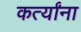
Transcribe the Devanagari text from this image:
कर्त्यांना